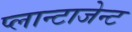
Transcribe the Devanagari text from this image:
प्लान्टाजेन्ट